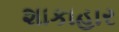
શાકાહાર